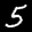
Label: 5